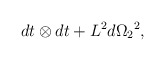
\begin{align*} dt \otimes dt + {L^2}{d{\Omega_2}}^2,\end{align*}